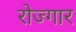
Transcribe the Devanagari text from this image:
रोज्गार